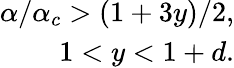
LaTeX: \begin{array}{r}{\alpha/\alpha_{c}>(1+3y)/2,}\\ {1<y<1+d.}\end{array}